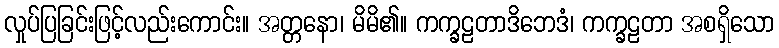
လှုပ်ပြခြင်းဖြင့်လည်းကောင်း။ အတ္တနော၊ မိမိ၏။ ကက္ခဠတာဒိဘေဒံ၊ ကက္ခဠတာ အစရှိသော